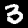
Label: 3